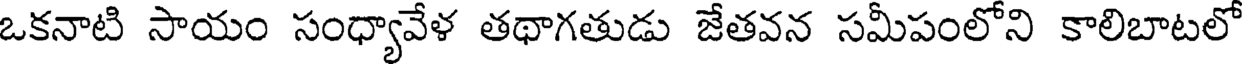
ఒకనాటి సాయం సంధ్యావేళ తథాగతుడు జేతవన సమీపంలోని కాలిబాటలో